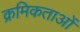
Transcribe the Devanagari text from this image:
क्रमिकताओं